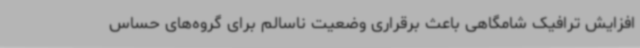
افزایش ترافیک شامگاهی باعث برقراری وضعیت ناسالم برای گروه‌های حساس